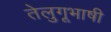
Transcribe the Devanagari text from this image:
तेलुगूभाषी